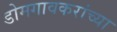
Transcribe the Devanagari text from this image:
डोमगावकरांच्या